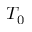
T _ { 0 }